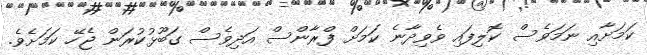
ކަމަށާއި ނަމަވެސް ކޮލިފައި ވެވިދާނެ ކަމަށް ފްރާންސް އަދިވެސް ގަބޫޅުކުރަން ޖެހޭ ކަމަށެވެ.